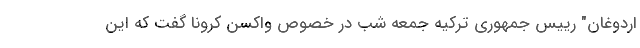
اردوغان" رییس جمهوری ترکیه جمعه شب در خصوص واکسن کرونا گفت که این